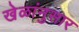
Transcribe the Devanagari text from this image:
खेळांनुसार